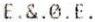
E.&.0.E.